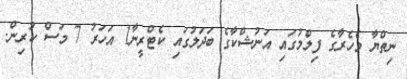
ނިތްޔާ މެހެރާގެ ފިލްމުގައި އަނުޝްކާގެ ބަދަލުގައި ކެޓްރީނާ1 އަހަރު 7 މަސް ކުރިން.